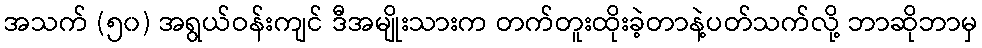
အသက် (၅၀) အရွယ်ဝန်းကျင် ဒီအမျိုးသားက တက်တူးထိုးခဲ့တာနဲ့ပတ်သက်လို့ ဘာဆိုဘာမှ